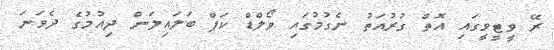
ރޭ ވީޓީވީގައި އޮތް ގުރުއަތު ނެގުމުގައި ވޯލްޑް ކަޕް ބަލައިލަން ދިއުމުގެ ދެވަނަ